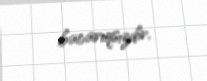
bacarıqsızdır.